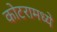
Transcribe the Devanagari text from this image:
कोटरामध्ये